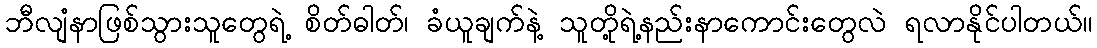
ဘီလျံနာဖြစ်သွားသူတွေရဲ့ စိတ်ဓါတ်၊ ခံယူချက်နဲ့ သူတို့ရဲ့နည်းနာကောင်းတွေလဲ ရလာနိုင်ပါတယ်။